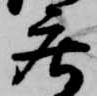
庄